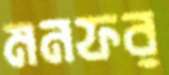
মনফর